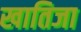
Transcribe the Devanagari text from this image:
खातिजा